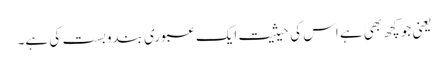
یعنی جو کچھ بھی ہے اس کی حیثیت ایک عبوری بندوبست کی ہے۔